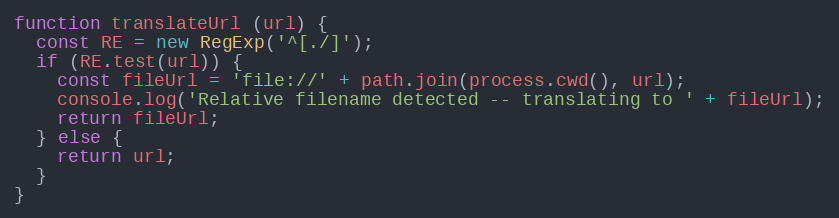
Language: JavaScript
function translateUrl (url) {
  const RE = new RegExp('^[./]');
  if (RE.test(url)) {
    const fileUrl = 'file://' + path.join(process.cwd(), url);
    console.log('Relative filename detected -- translating to ' + fileUrl);
    return fileUrl;
  } else {
    return url;
  }
}